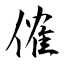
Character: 傕